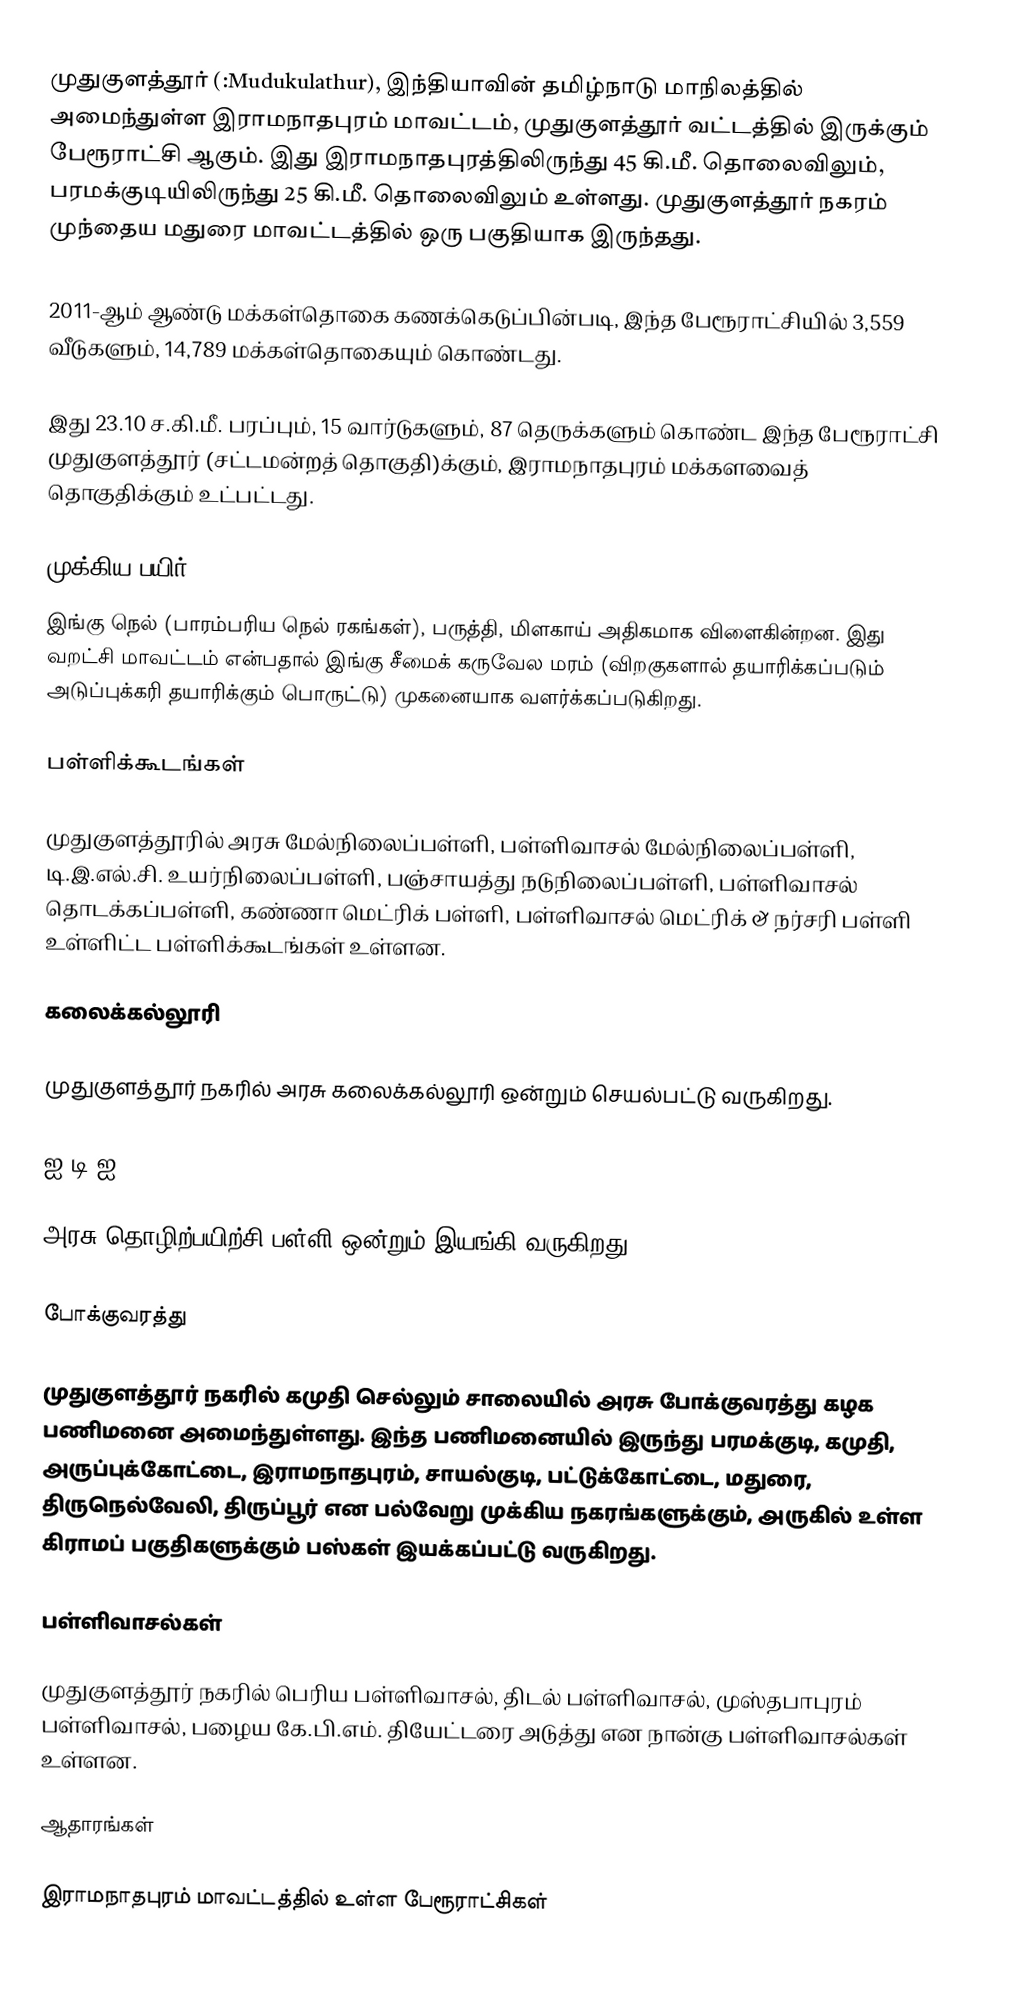
முதுகுளத்தூர் (:Mudukulathur), இந்தியாவின் தமிழ்நாடு மாநிலத்தில் அமைந்துள்ள இராமநாதபுரம் மாவட்டம், முதுகுளத்தூர் வட்டத்தில் இருக்கும் பேரூராட்சி ஆகும். இது இராமநாதபுரத்திலிருந்து 45 கி.மீ. தொலைவிலும், பரமக்குடியிலிருந்து 25 கி.மீ. தொலைவிலும் உள்ளது. முதுகுளத்தூர் நகரம் முந்தைய மதுரை மாவட்டத்தில் ஒரு பகுதியாக இருந்தது.

2011-ஆம் ஆண்டு மக்கள்தொகை கணக்கெடுப்பின்படி, இந்த பேரூராட்சியில் 3,559 வீடுகளும், 14,789 மக்கள்தொகையும் கொண்டது.

இது 23.10 ச.கி.மீ. பரப்பும், 15 வார்டுகளும், 87 தெருக்களும் கொண்ட இந்த பேரூராட்சி முதுகுளத்தூர் (சட்டமன்றத் தொகுதி)க்கும், இராமநாதபுரம் மக்களவைத் தொகுதிக்கும் உட்பட்டது.

முக்கிய பயிர்
இங்கு நெல் (பாரம்பரிய நெல் ரகங்கள்), பருத்தி, மிளகாய் அதிகமாக விளைகின்றன. இது வறட்சி மாவட்டம் என்பதால் இங்கு சீமைக் கருவேல மரம் (விறகுகளால் தயாரிக்கப்படும் அடுப்புக்கரி தயாரிக்கும் பொருட்டு) முகனையாக வளர்க்கப்படுகிறது.

பள்ளிக்கூடங்கள்

முதுகுளத்தூரில் அரசு மேல்நிலைப்பள்ளி, பள்ளிவாசல் மேல்நிலைப்பள்ளி, டி.இ.எல்.சி. உயர்நிலைப்பள்ளி, பஞ்சாயத்து நடுநிலைப்பள்ளி, பள்ளிவாசல் தொடக்கப்பள்ளி, கண்ணா மெட்ரிக் பள்ளி, பள்ளிவாசல் மெட்ரிக் & நர்சரி பள்ளி உள்ளிட்ட பள்ளிக்கூடங்கள் உள்ளன.

கலைக்கல்லூரி

முதுகுளத்தூர் நகரில் அரசு கலைக்கல்லூரி ஒன்றும் செயல்பட்டு வருகிறது.

ஐ.டி.ஐ.

அரசு தொழிற்பயிற்சி பள்ளி ஒன்றும் இயங்கி வருகிறது.

போக்குவரத்து

முதுகுளத்தூர் நகரில் கமுதி செல்லும் சாலையில் அரசு போக்குவரத்து கழக பணிமனை அமைந்துள்ளது. இந்த பணிமனையில் இருந்து பரமக்குடி, கமுதி, அருப்புக்கோட்டை, இராமநாதபுரம், சாயல்குடி, பட்டுக்கோட்டை, மதுரை, திருநெல்வேலி, திருப்பூர் என பல்வேறு முக்கிய நகரங்களுக்கும், அருகில் உள்ள கிராமப் பகுதிகளுக்கும் பஸ்கள் இயக்கப்பட்டு வருகிறது.

பள்ளிவாசல்கள்

முதுகுளத்தூர் நகரில் பெரிய பள்ளிவாசல், திடல் பள்ளிவாசல், முஸ்தபாபுரம் பள்ளிவாசல், பழைய கே.பி.எம். தியேட்டரை அடுத்து என  நான்கு பள்ளிவாசல்கள் உள்ளன.

ஆதாரங்கள்

இராமநாதபுரம் மாவட்டத்தில் உள்ள பேரூராட்சிகள்